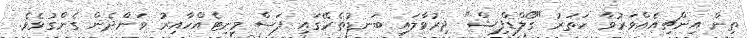
ތިން އިންޗިއެއްވަރުވާ ހަތަރު "ގޯލްޑްފިޝް" ދިރުވާލައި ބަނޑުތެރޭގައި ފަސް މިނިޓެއްހާއިރު ވަންދެން ގެންގުޅެވެ.